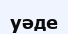
уәде